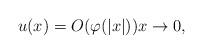
LaTeX: \begin{align*} u(x) = O(\varphi(|x|))x\to 0,\end{align*}